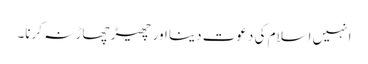
انہیں اسلام کی دعوت دینا اور چھیڑ چھاڑ نہ کرنا۔